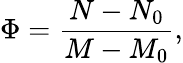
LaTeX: \Phi=\frac{N-N_{0}}{M-M_{0}},